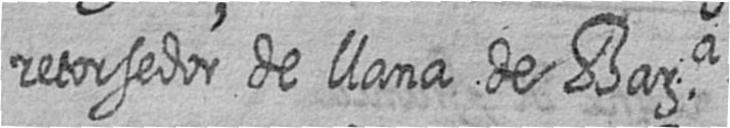
retorsedor de llana de Bara